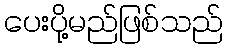
ပေးပို့မည်ဖြစ်သည်